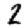
Digit: 2